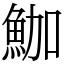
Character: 𩶛